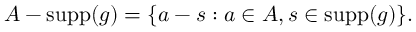
A - \operatorname { s u p p } ( g ) = \{ a - s : a \in A , s \in \operatorname { s u p p } ( g ) \} .